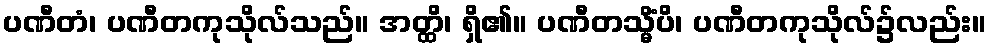
ပဏီတံ၊ ပဏီတကုသိုလ်သည်။ အတ္ထိ၊ ရှိ၏။ ပဏီတသ္မိံပိ၊ ပဏီတကုသိုလ်၌လည်း။